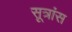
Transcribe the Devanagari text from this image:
सूत्रांस